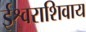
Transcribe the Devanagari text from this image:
ईश्वराशिवाय